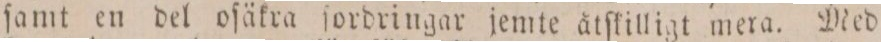
ſamt en del oſäkra ſordringar jemte åtſkilligt mera. Med